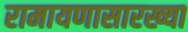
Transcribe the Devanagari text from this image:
रामायणासारख्या